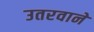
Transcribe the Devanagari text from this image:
उतरवाने